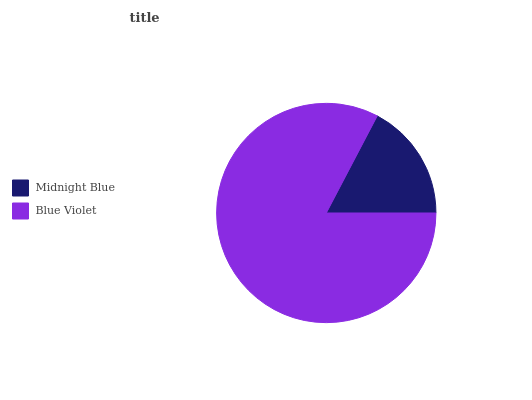
| Midnight Blue | Blue Violet |
 | --- | --- |
 | 17.3% | 82.7% |